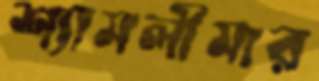
শ্যামলীমার